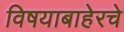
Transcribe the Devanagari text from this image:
विषयाबाहेरचे